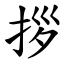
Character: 拶